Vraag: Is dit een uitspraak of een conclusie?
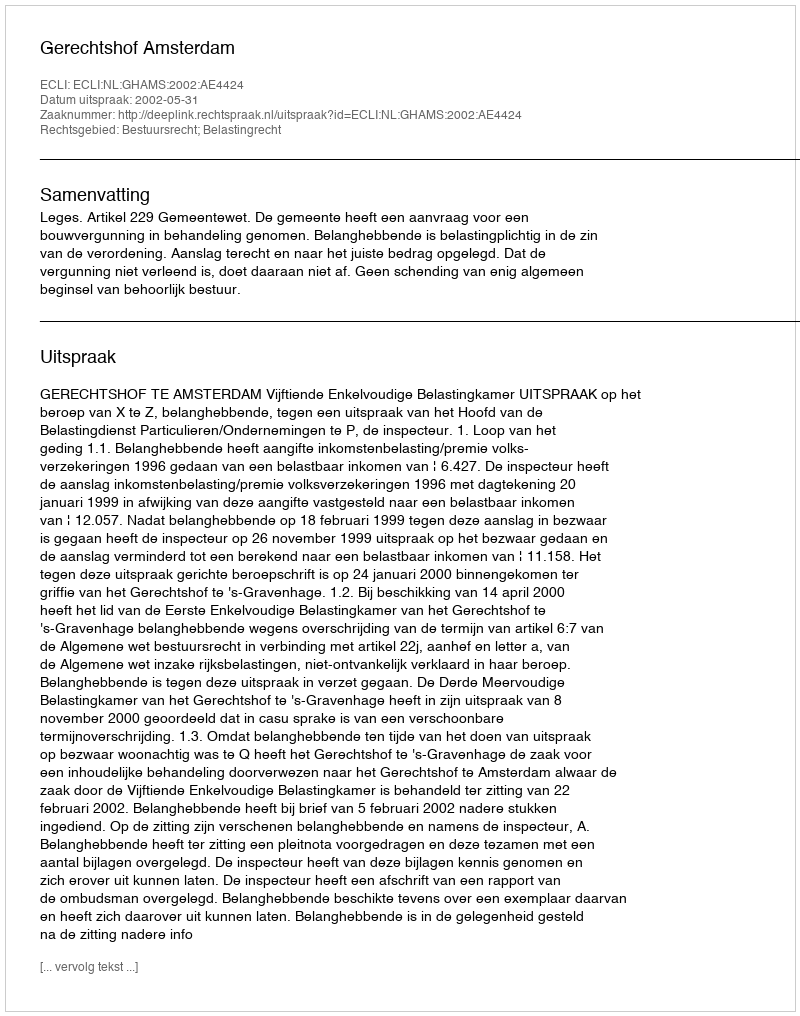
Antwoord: Uitspraak